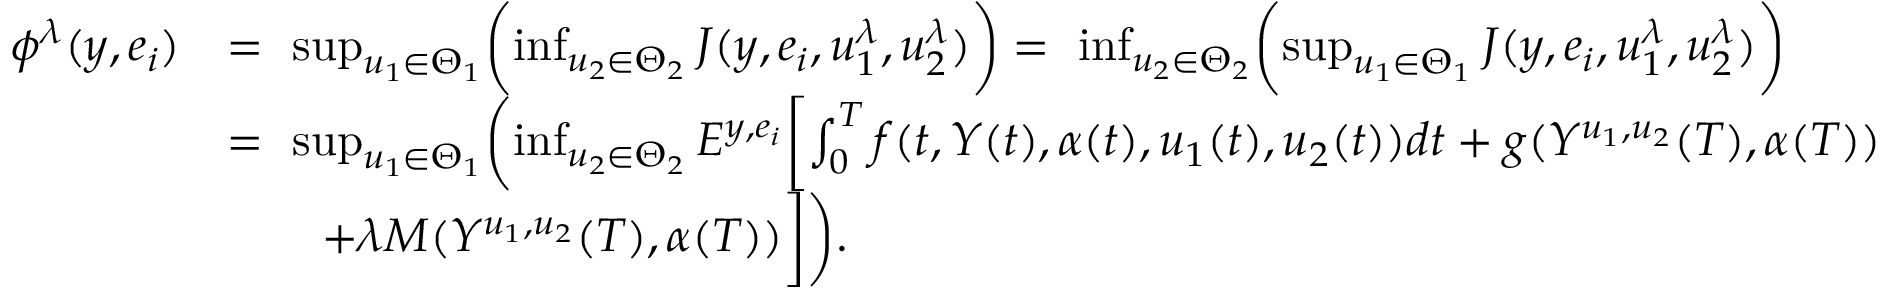
\begin{array} { r l } { \phi ^ { \lambda } ( y , e _ { i } ) } & { = \ \operatorname* { s u p } _ { u _ { 1 } \in \Theta _ { 1 } } \biggl ( \operatorname* { i n f } _ { u _ { 2 } \in \Theta _ { 2 } } J ( y , e _ { i } , u _ { 1 } ^ { \lambda } , u _ { 2 } ^ { \lambda } ) \biggr ) = \ \operatorname* { i n f } _ { u _ { 2 } \in \Theta _ { 2 } } \biggl ( \operatorname* { s u p } _ { u _ { 1 } \in \Theta _ { 1 } } J ( y , e _ { i } , u _ { 1 } ^ { \lambda } , u _ { 2 } ^ { \lambda } ) \biggr ) } \\ & { = \ \operatorname* { s u p } _ { u _ { 1 } \in \Theta _ { 1 } } \biggl ( \operatorname* { i n f } _ { u _ { 2 } \in \Theta _ { 2 } } E ^ { y , e _ { i } } \biggl [ \int _ { 0 } ^ { T } f ( t , Y ( t ) , \alpha ( t ) , u _ { 1 } ( t ) , u _ { 2 } ( t ) ) d t + g ( Y ^ { u _ { 1 } , u _ { 2 } } ( T ) , \alpha ( T ) ) } \\ & { \qquad + \lambda M ( Y ^ { u _ { 1 } , u _ { 2 } } ( T ) , \alpha ( T ) ) \biggr ] \biggr ) . } \end{array}